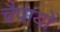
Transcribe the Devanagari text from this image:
चैपायों